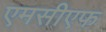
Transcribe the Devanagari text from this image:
एमसीएफ